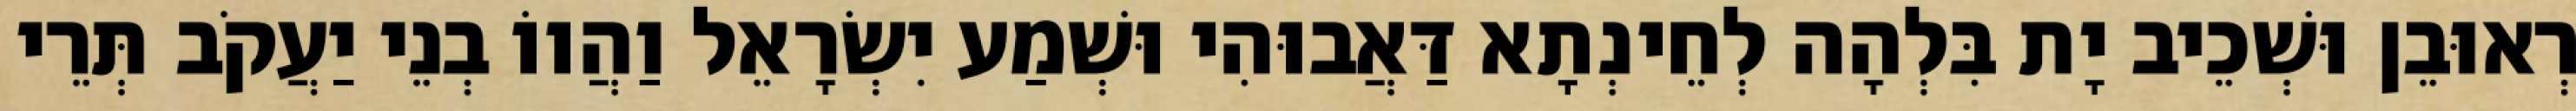
רְאוּבֵן וּשְׁכֵיב יָת בִּלְהָה לְחֵינְתָא דַּאֲבוּהִי וּשְׁמַע יִשְׂרָאֵל וַהֲווֹ בְנֵי יַעֲקֹב תְּרֵי